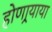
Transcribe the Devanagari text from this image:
होणार्‍याया